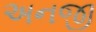
અનજી